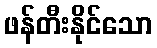
ဖန်တီးနိုင်သော